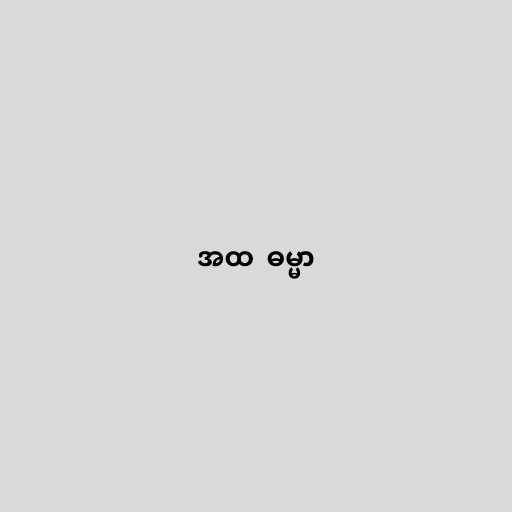
အထ  ဓမ္မာ